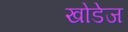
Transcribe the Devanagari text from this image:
खोडेज